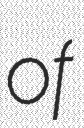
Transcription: of